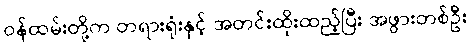
ဝန်ထမ်းတို့က တရားရုံးနှင့် အတင်းထိုးထည့်ပြီး အဖွားတစ်ဦး